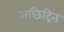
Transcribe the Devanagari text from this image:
अछिद्रित